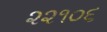
૨૨૧૦૬